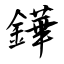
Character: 鏵